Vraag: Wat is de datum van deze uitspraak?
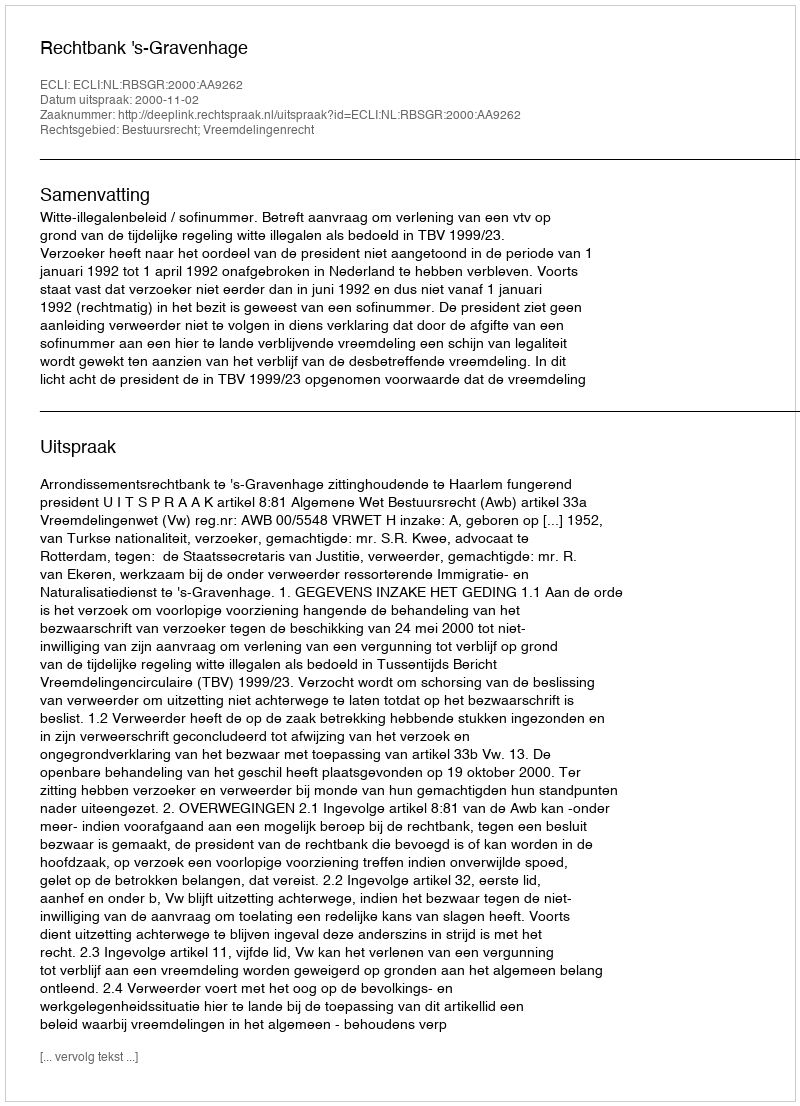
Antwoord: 2000-11-02